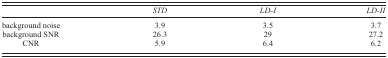
<table><thead><tr><td></td><td><b><i>STD</i></b></td><td><b><i>LD‐I</i></b></td><td><b><i>LD‐II</i></b></td></tr></thead><tbody><tr><td>background noise</td><td>3.9</td><td>3.5</td><td>3.7</td></tr><tr><td>background SNR</td><td>26.3</td><td>29</td><td>27.2</td></tr><tr><td>CNR</td><td>5.9</td><td>6.4</td><td>6.2</td></tr></tbody></table>